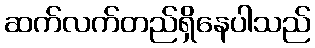
ဆက်လက်တည်ရှိနေပါသည်